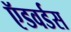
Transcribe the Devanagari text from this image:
ऍडवर्डस